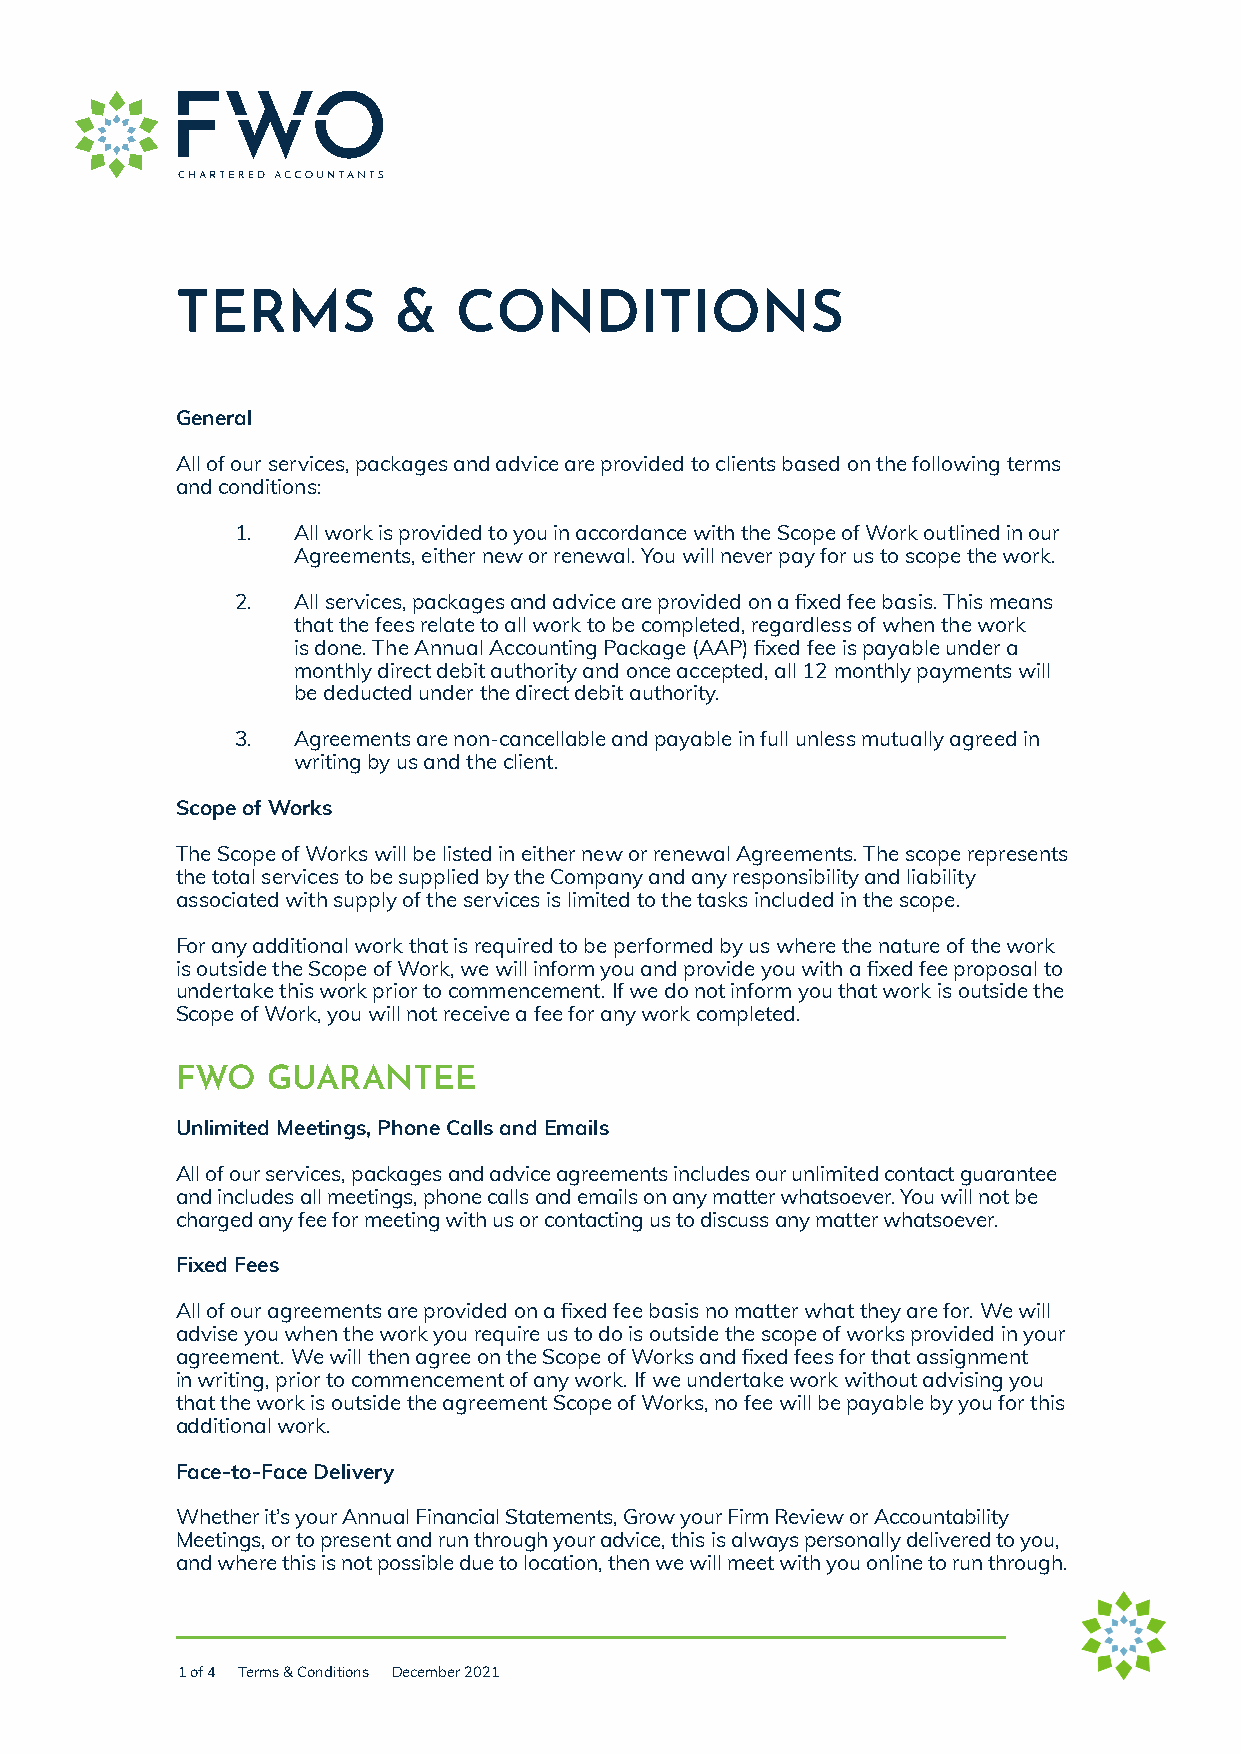
TERMS         &   CONDITIONS
 General
 All of our services, packages and advice are provided to clients based on the following terms
 and conditions:
 1. All work is provided to you in accordance with the Scope of Work outlined in our
 Agreements, either new or renewal. You will never pay for us to scope the work.
 2. All services, packages and advice are provided on a fixed fee basis. This means
 that the fees relate to all work to be completed, regardless of when the work
 is done. The Annual Accounting Package (AAP) fixed fee is payable under a
 monthly direct debit authority and once accepted, all 12 monthly payments will
 be deducted under the direct debit authority.
 3. Agreements are non-cancellable and payable in full unless mutually agreed in
 writing by us and the client.
 Scope of Works
 The Scope of Works will be listed in either new or renewal Agreements. The scope represents
 the total services to be supplied by the Company and any responsibility and liability
 associated with supply of the services is limited to the tasks included in the scope.
 For any additional work that is required to be performed by us where the nature of the work
 is outside the Scope of Work, we will inform you and provide you with a fixed fee proposal to
 undertake this work prior to commencement. If we do not inform you that work is outside the
 Scope of Work, you will not receive a fee for any work completed.
 FWO   GUARANTEE
 Unlimited Meetings, Phone Calls and Emails
 All of our services, packages and advice agreements includes our unlimited contact guarantee
 and includes all meetings, phone calls and emails on any matter whatsoever. You will not be
 charged any fee for meeting with us or contacting us to discuss any matter whatsoever.
 Fixed Fees
 All of our agreements are provided on a fixed fee basis no matter what they are for. We will
 advise you when the work you require us to do is outside the scope of works provided in your
 agreement. We will then agree on the Scope of Works and fixed fees for that assignment
 in writing, prior to commencement of any work. If we undertake work without advising you
 that the work is outside the agreement Scope of Works, no fee will be payable by you for this
 additional work.
 Face-to-Face Delivery
 Whether it’s your Annual Financial Statements, Grow your Firm Review or Accountability
 Meetings, or to present and run through your advice, this is always personally delivered to you,
 and where this is not possible due to location, then we will meet with you online to run through.
 1 of 4 Terms & Conditions December 2021